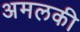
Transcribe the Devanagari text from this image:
अमलकी